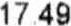
17.49